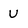
Character: U